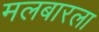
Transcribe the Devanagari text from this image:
मलबारला